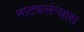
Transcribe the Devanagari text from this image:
नाट्यसंन्यास